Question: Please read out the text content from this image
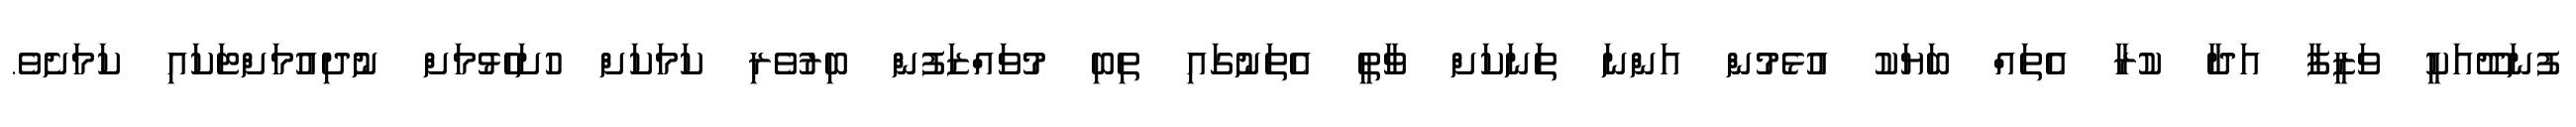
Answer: ފުނަދޫއަކީ ވަޒީފާ އަދާ ކުރާ އެތައް ބަޔަކު އުޅެމުން އަންނަ ތަަނަކަށް ވާތީ އެތަނުގައި ތިބި މުވައްޒަފުން ބިރުވެރި ކަމަކަށް ހުށަހެޅުމަށް ނުދިއުމަށްޓަކައި ކަމަށެވެ.